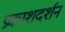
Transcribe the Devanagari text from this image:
प्रकाशदर्शन